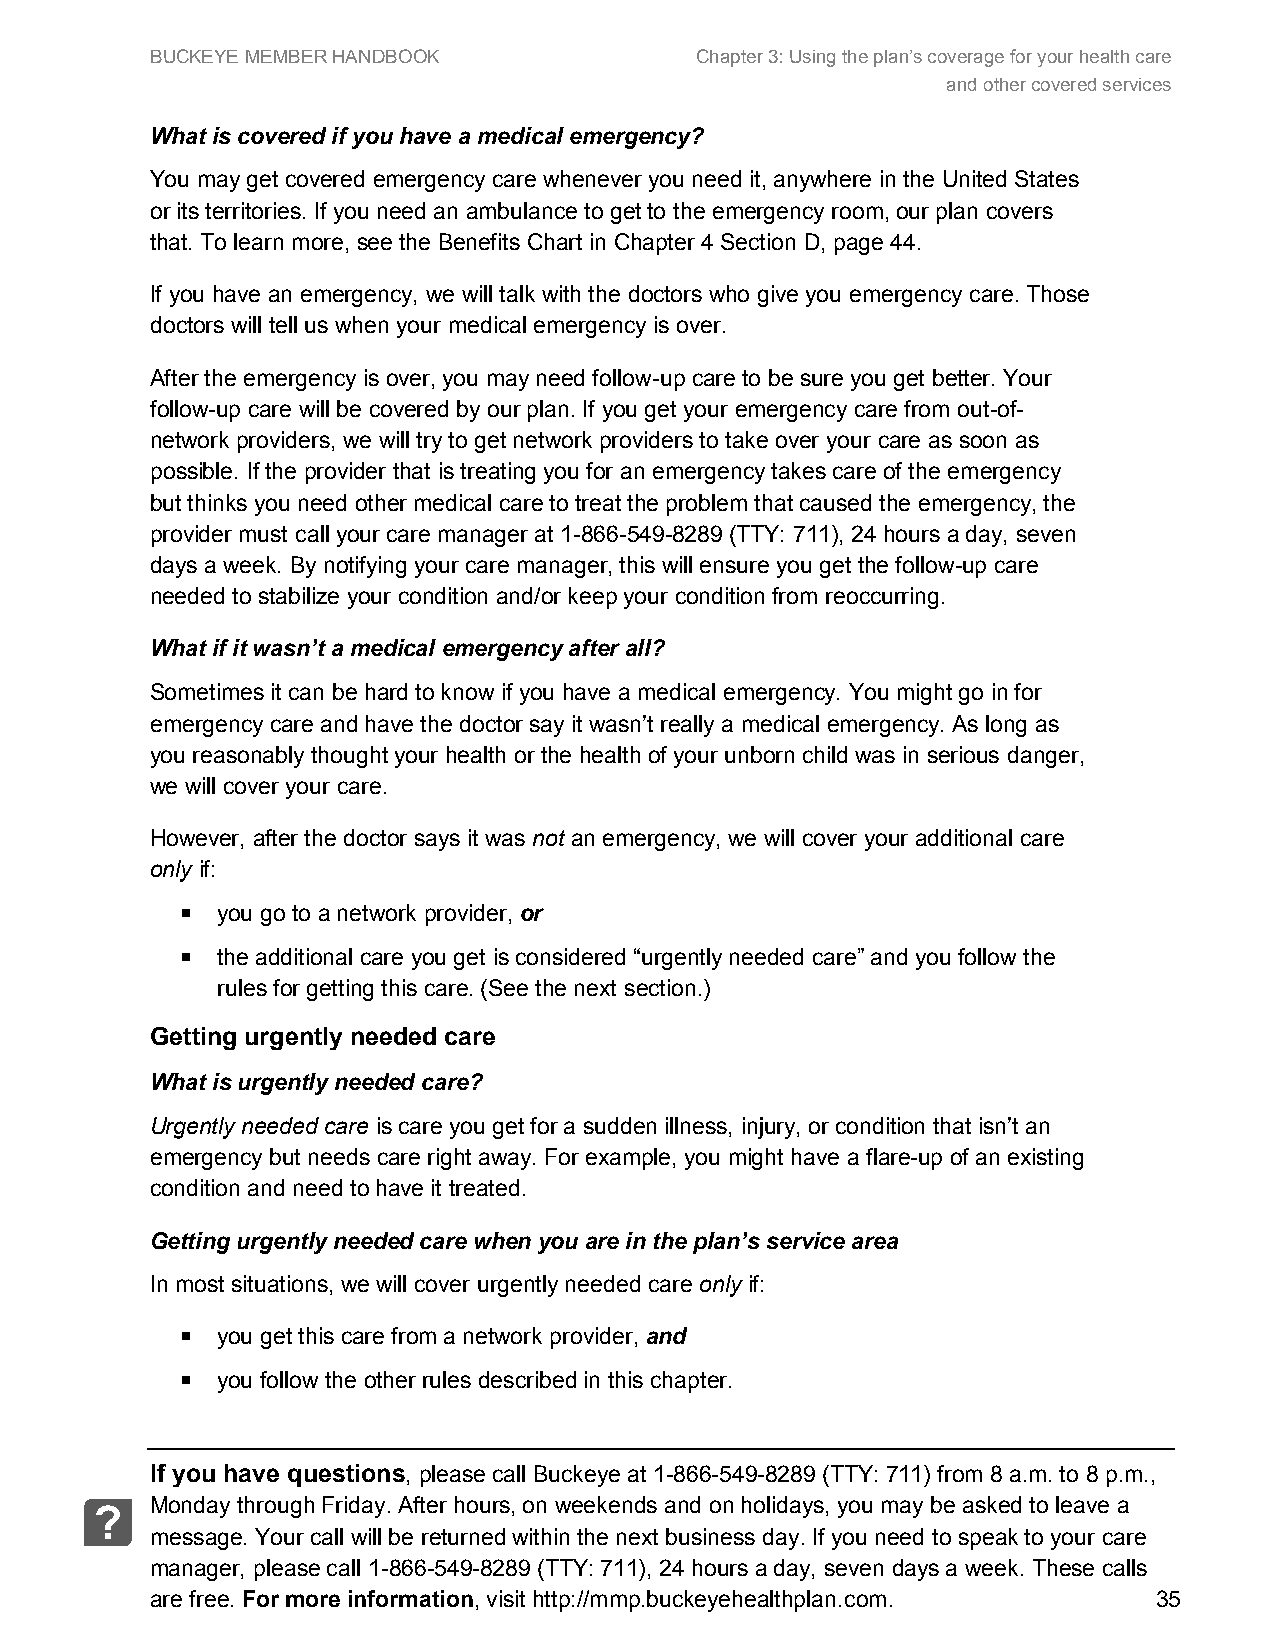
BUCKEYE MEMBER HANDBOOK             Chapter 3: Using the plan’s coverage for your health care
 and other covered services
 What is covered if you have a medical emergency?
 You may get covered emergency care whenever you need it, anywhere in the United States
 or its territories. If you need an ambulance to get to the emergency room, our plan covers
 that. To learn more, see the Benefits Chart in Chapter 4 Section D, page 44.
 If you have an emergency, we will talk with the doctors who give you emergency care. Those
 doctors will tell us when your medical emergency is over.
 After the emergency is over, you may need follow-up care to be sure you get better. Your
 follow-up care will be covered by our plan. If you get your emergency care from out-of-
 network providers, we will try to get network providers to take over your care as soon as
 possible. If the provider that is treating you for an emergency takes care of the emergency
 but thinks you need other medical care to treat the problem that caused the emergency, the
 provider must call your care manager at 1-866-549-8289 (TTY: 711), 24 hours a day, seven
 days a week. By notifying your care manager, this will ensure you get the follow-up care
 needed to stabilize your condition and/or keep your condition from reoccurring.
 What if it wasn’t a medical emergency after all?
 Sometimes it can be hard to know if you have a medical emergency. You might go in for
 emergency care and have the doctor say it wasn’t really a medical emergency. As long as
 you reasonably thought your health or the health of your unborn child was in serious danger,
 we will cover your care.
 However, after the doctor says it was not an emergency, we will cover your additional care
 only if:
  you go to a network provider, or
  the additional care you get is considered “urgently needed care” and you follow the
 rules for getting this care. (See the next section.)
 Getting urgently needed care
 What is urgently needed care?
 Urgently needed care is care you get for a sudden illness, injury, or condition that isn’t an
 emergency but needs care right away. For example, you might have a flare-up of an existing
 condition and need to have it treated.
 Getting urgently needed care when you are in the plan’s service area
 In most situations, we will cover urgently needed care only if:
  you get this care from a network provider, and
  you follow the other rules described in this chapter.
 If you have questions, please call Buckeye at 1-866-549-8289 (TTY: 711) from 8 a.m. to 8 p.m.,
 Monday through Friday. After hours, on weekends and on holidays, you may be asked to leave a
 ?
 message. Your call will be returned within the next business day. If you need to speak to your care
 manager, please call 1-866-549-8289 (TTY: 711), 24 hours a day, seven days a week. These calls
 are free. For more information, visit http://mmp.buckeyehealthplan.com. 35